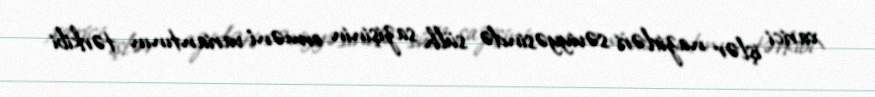
xarici işlər nazirləri səviyyəsində sülh sazişinin erməni variantının tərkibi